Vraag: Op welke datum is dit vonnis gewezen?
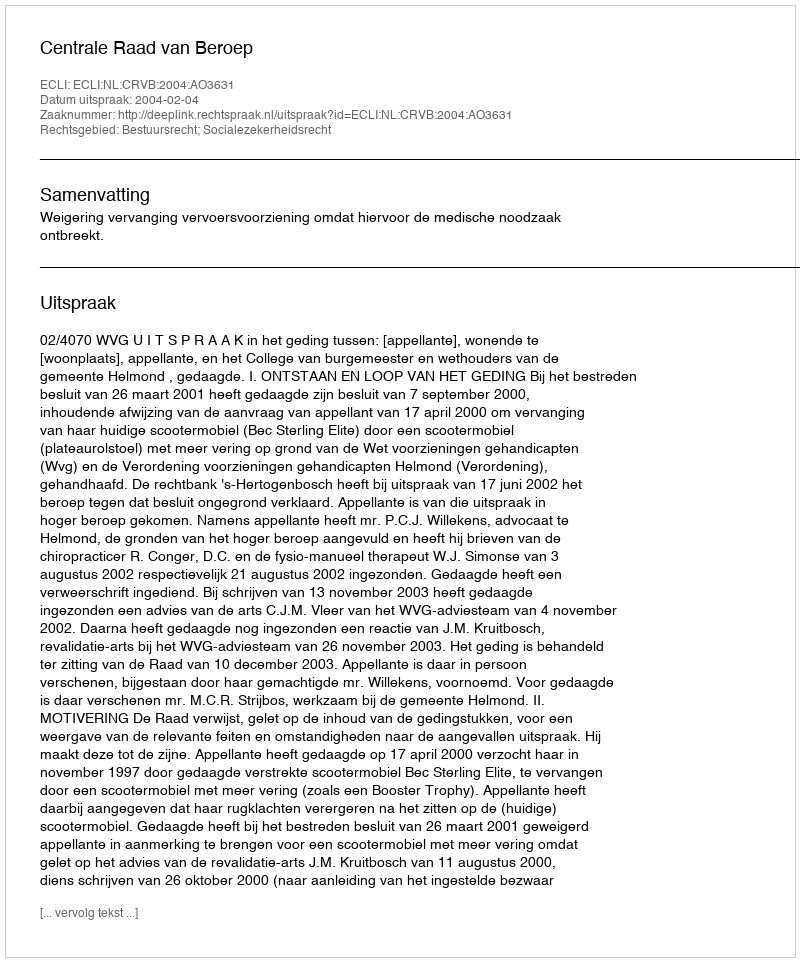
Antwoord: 2004-02-04